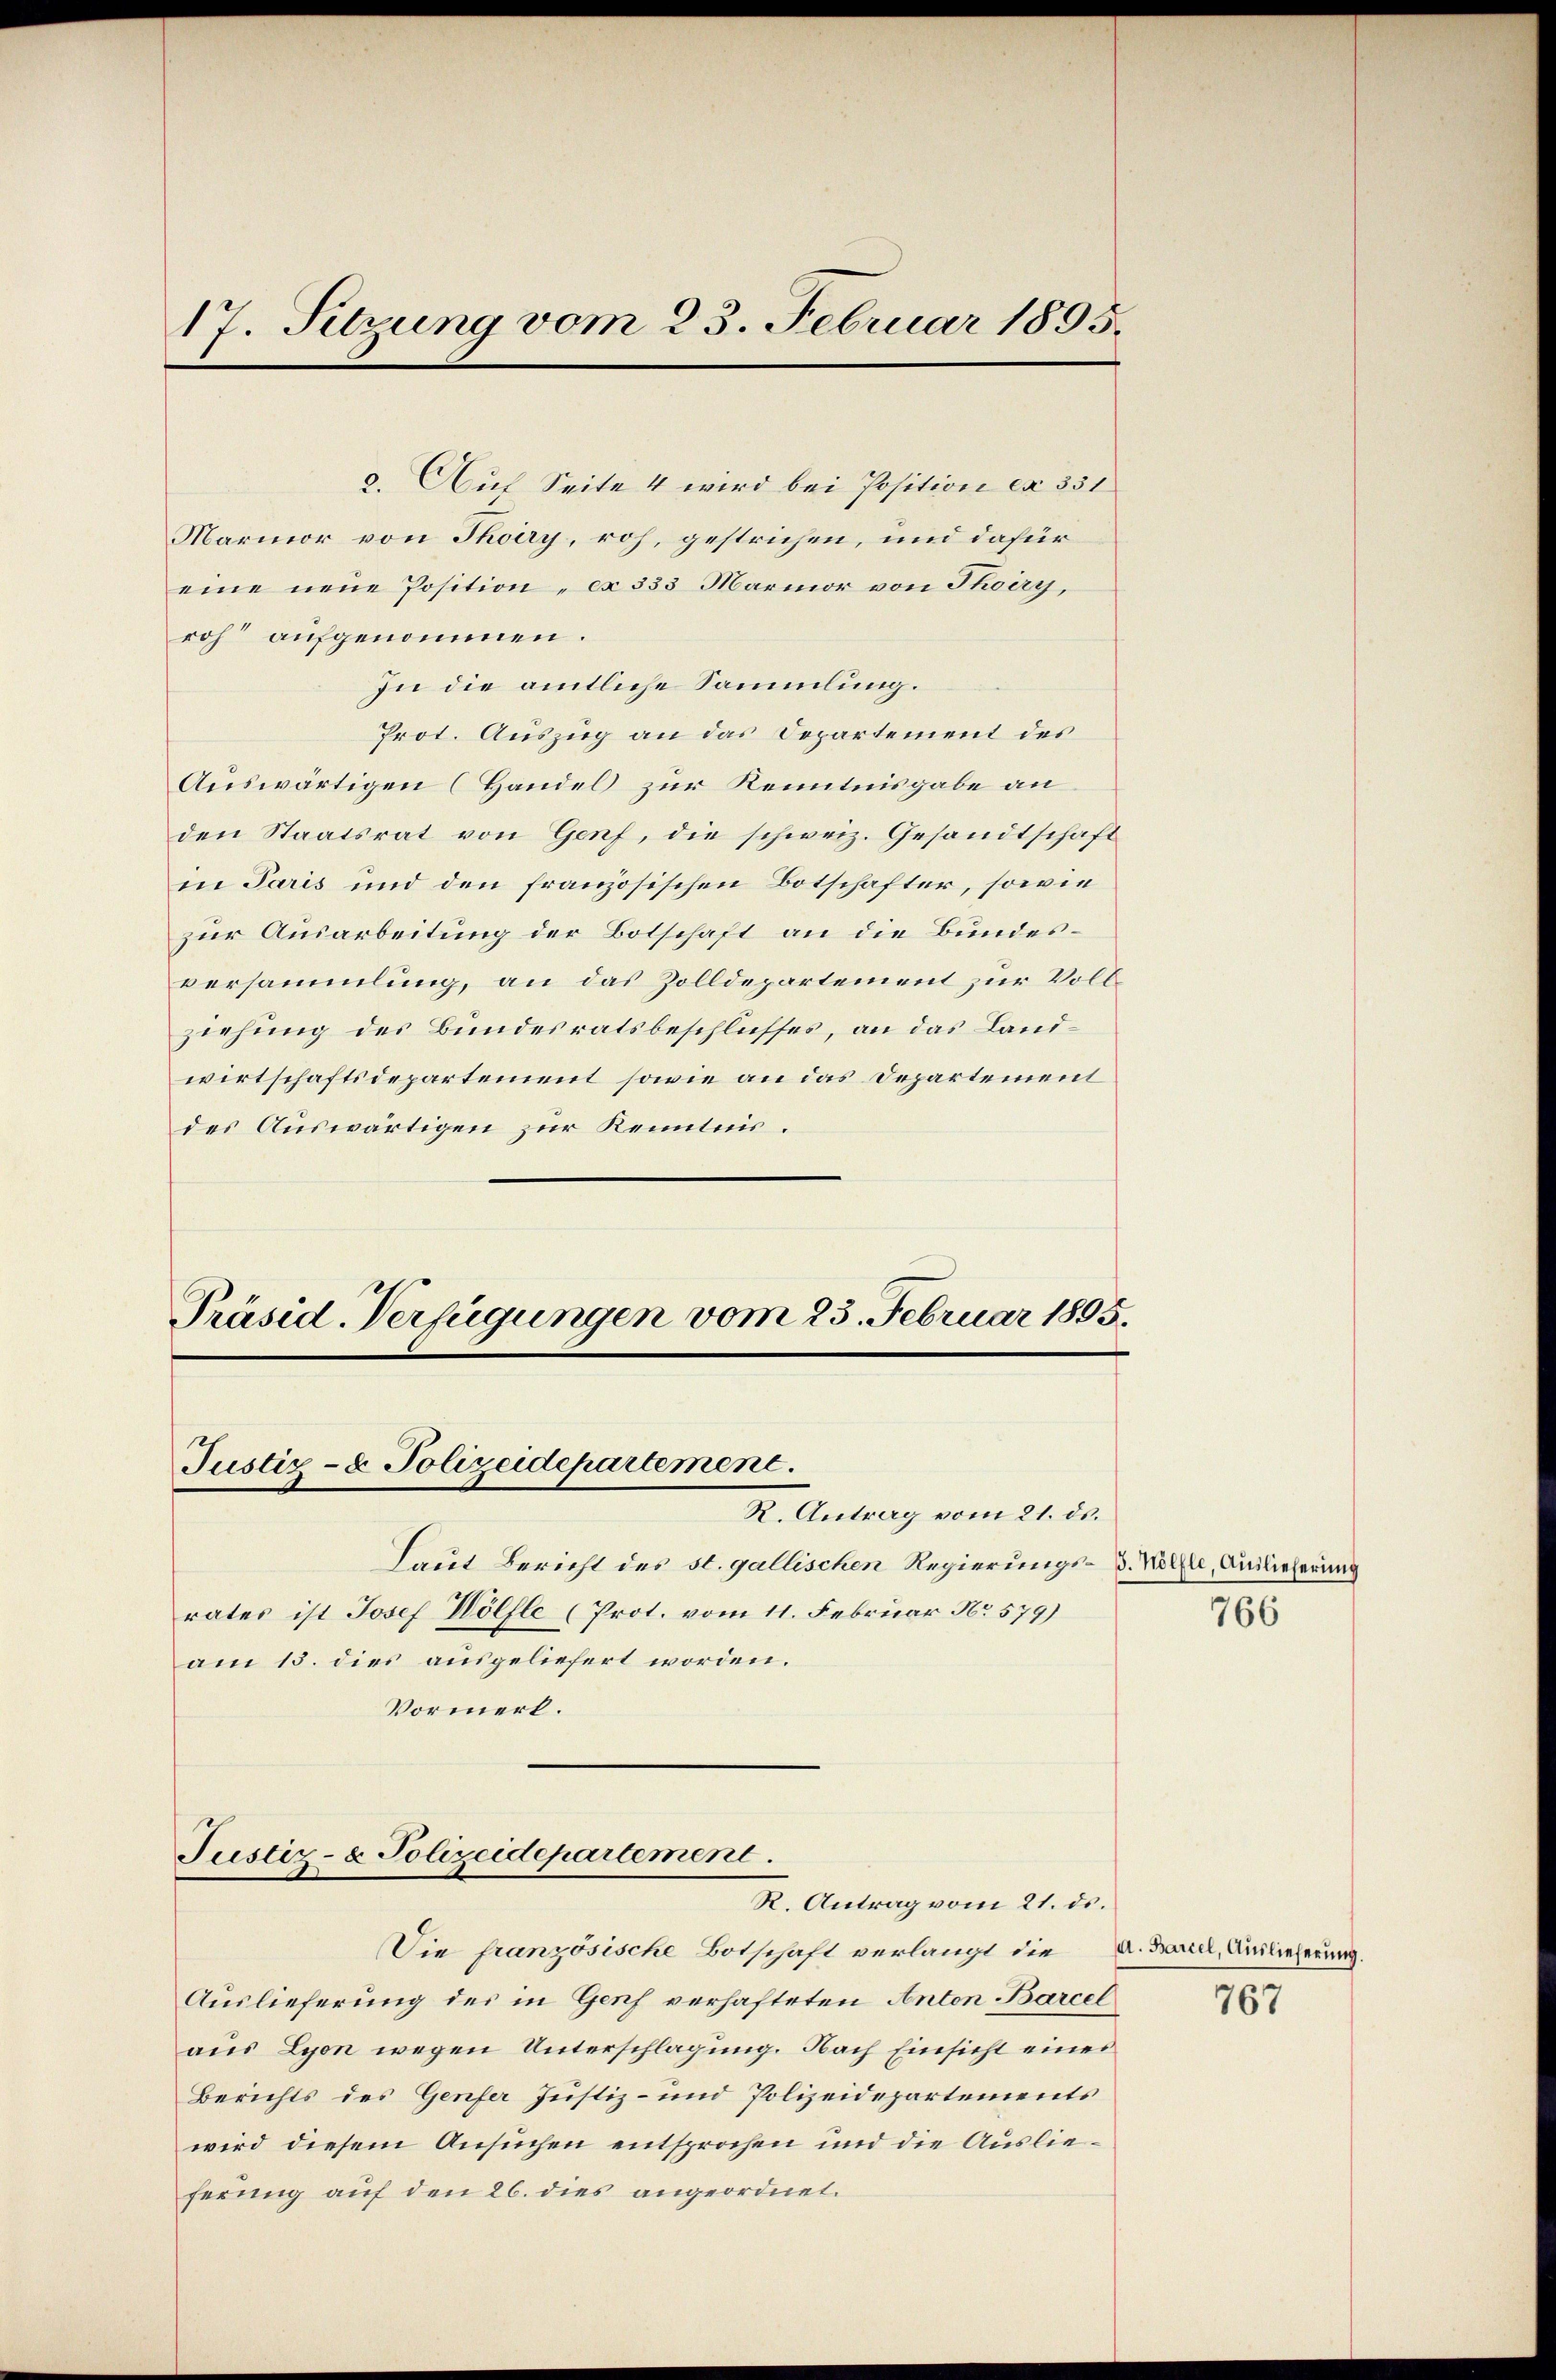
17. Sitzung vom 23. Februar 1895.

a. Auf Seite 4 wird bei Position ca 351
Marmor von Thory, roh, gestrichen, und dafür
eine neue Position ca 333 Marmor von Thoiry,
roh aufgenommen.
In die amtliche Sammlung.
Prot. Auszug an das Departement des
Auswärtigen (Handel zur Kenntnisgabe an
den Staatsrat von Genf, die schweiz. Gesandtschaft
in Paris und den französischen Botschafter, sowie
zur Ausarbeitung der Botschaft an die Bundesversammlung, an das Zolldepartement zur Vollziehung des Bundesratsbeschlusses, an das Landwirtschaftsdepartement sowie an das Departement
des Auswärtigen zur Kenntnis.

Präsid. Verfügungen vom 23. Februar 1895.
Justiz- & Polizeidepartement.

R. Antrag vom 21. ds.
Laut Bericht des st. gallischen Regierungs- u. Wolle, Auslieferung
rates ist Josef Wölfle (Prot. vom 11. Februar No 579)
am 13. dies ausgeliefert worden.
Vormerk.

Justiz- & Polizeidepartement.
R. Antrag vom 21. ds.

Die französische Botschaft verlangt die
Auslieferung des in Genf verhafteten Anton Barcel
aus Lyon wegen Unterschlagung. Nach Einsicht eines
Berichts des Genfer Justiz- und Polizeidepartements
wird diesem Ansuchen entsprochen und die Auslieferung auf den 26. dies angeordnet.

766

. Barcel, Auslieferung.

767